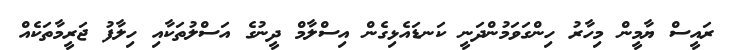
ރައީސް ޔާމީން މިހާރު ހިންގަވަމުންދަނީ ކަނޑައެޅިގެން އިސްލާމް ދީނުގެ އަސްލުތަކާއި ހިލާފު ޖަރީމާތަކެއް